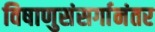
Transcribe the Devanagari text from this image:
विषाणुसंसर्गानंतर